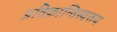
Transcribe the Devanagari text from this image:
प्रतिक्रान्तिस्वरुप